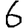
Digit: 6